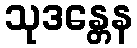
သုဒန္တေန